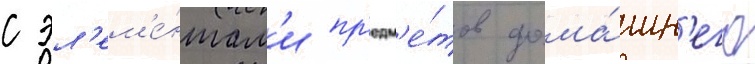
с эл'ем'е́нтам'и пр'едм'е́тов дома́шн'его